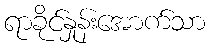
ရာခိုင်နှုန်းအောက်သာ